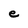
Character: e